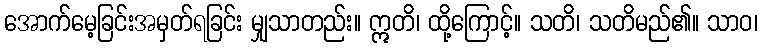
အောက်မေ့ခြင်းအမှတ်ရခြင်း မျှသာတည်း။ ဣတိ၊ ထို့ကြောင့်။ သတိ၊ သတိမည်၏။ သာဝ၊